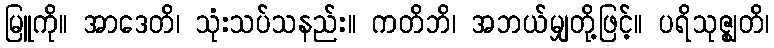
မြူကို။ အာဒေတိ၊ သုံးသပ်သနည်း။ ကတိဘိ၊ အဘယ်မျှတို့ဖြင့်။ ပရိသုဇ္ဈတိ၊